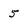
Character: 5